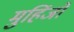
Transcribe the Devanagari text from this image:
मुहिंजो